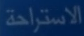
الاستراحة